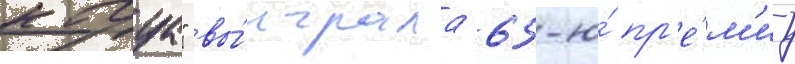
кагуа" вы́играла 65-ю́ пр'е́м'иу